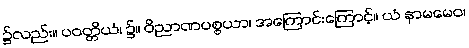
၌လည်း။ ပဝတ္တိယံ၊ ၌။ ဝိညာဏပစ္စယာ၊ အကြောင်းကြောင့်။ ယံ နာမမေဝ၊